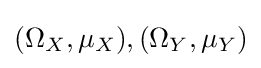
(\Omega _{X},\mu _{X}),(\Omega _{Y},\mu _{Y})